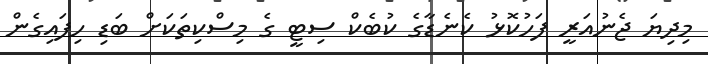
މިދިޔަ ޖެނުއަރީ ފަހުކޮޅު ކެނެޑާގެ ކުބެކް ސިޓީ ގެ މިސްކިތަކަށް ބަޑި ހިފައިގެން